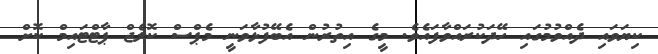
ކިޔަވައި ދެއްވުމުގައި ހޭދަކުރައްވާފައެވެ. މީގެ އިތުރުން އެބޭފުޅާވަނީ މެޕްސް ކޮލެޖް ޕާޓްޓައިމް ކޮށް